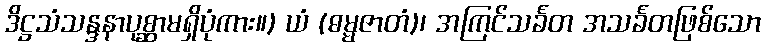
ဒိဋ္ဌသံသန္ဒနာပုစ္ဆာမရှိပုံကား။) ယံ (ဓမ္မဇာတံ)၊ အကြင်သင်္ခတ အသင်္ခတဖြစ်သော